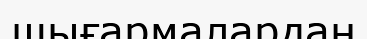
шығармалардан